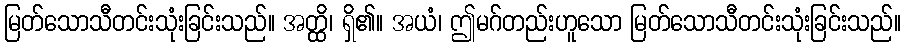
မြတ်သောသီတင်းသုံးခြင်းသည်။ အတ္ထိ၊ ရှိ၏။ အယံ၊ ဤမဂ်တည်းဟူသော မြတ်သောသီတင်းသုံးခြင်းသည်။